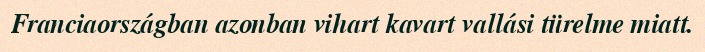
Franciaországban azonban vihart kavart vallási türelme miatt.